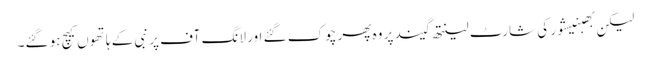
لیکن بھبنیشور کی شارٹ لینتھ گیند پر وہ پھر چوک گئے اور لانگ آف پر نبی کے ہاتھوں کیچ ہو گئے۔